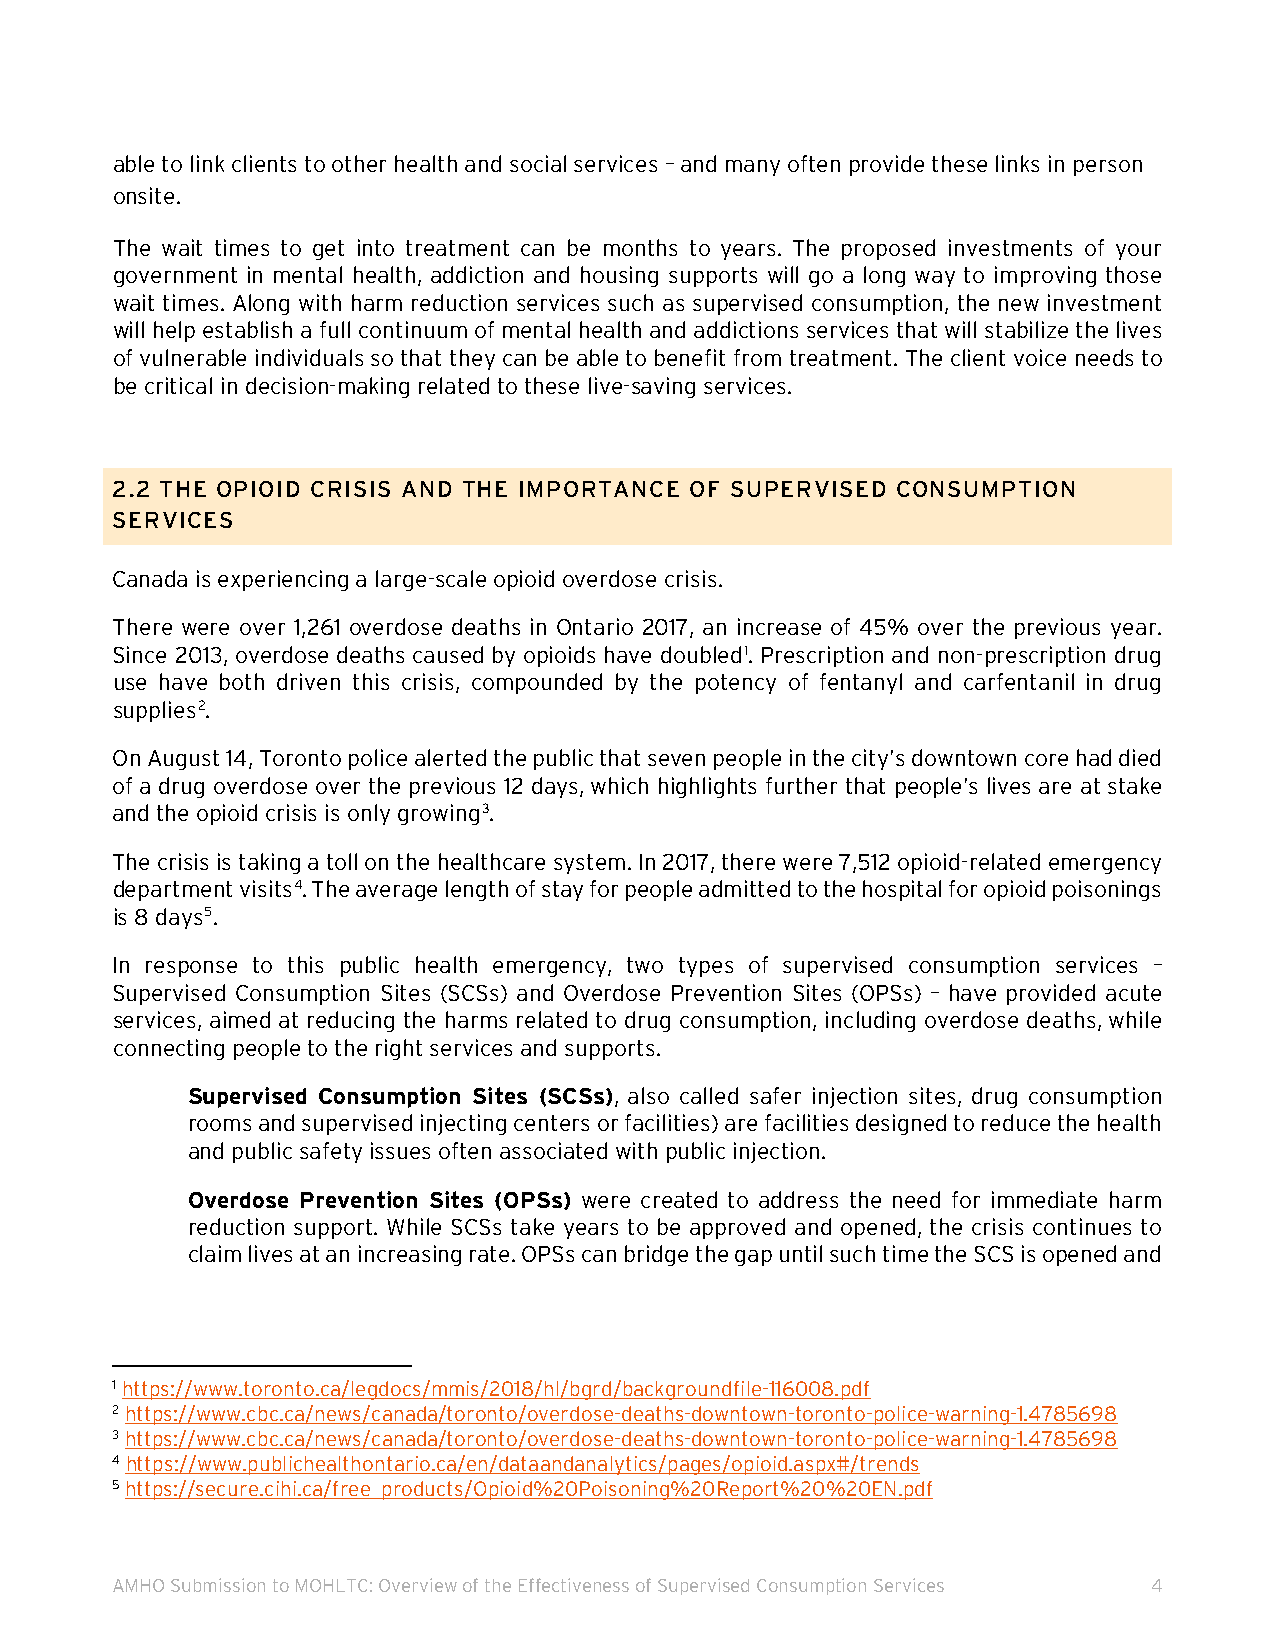
able to link clients to other health and social services – and many often provide these links in person
 onsite.
 The wait times to get into treatment can be months to years. The proposed investments of your
 government in mental health, addiction and housing supports will go a long way to improving those
 wait times. Along with harm reduction services such as supervised consumption, the new investment
 will help establish a full continuum of mental health and addictions services that will stabilize the lives
 of vulnerable individuals so that they can be able to benefit from treatment. The client voice needs to
 be critical in decision-making related to these live-saving services.
 2.2 THE OPIOID CRISIS AND THE IMPORTANCE OF SUPERVISED CONSUMPTION
 SERVICES
 Canada is experiencing a large-scale opioid overdose crisis.
 There were over 1,261 overdose deaths in Ontario 2017, an increase of 45% over the previous year.
 Since 2013, overdose deaths caused by opioids have doubled1. Prescription and non-prescription drug
 use have both driven this crisis, compounded by the potency of fentanyl and carfentanil in drug
 supplies2.
 On August 14, Toronto police alerted the public that seven people in the city’s downtown core had died
 of a drug overdose over the previous 12 days, which highlights further that people’s lives are at stake
 and the opioid crisis is only growing3.
 The crisis is taking a toll on the healthcare system. In 2017, there were 7,512 opioid-related emergency
 department visits4. The average length of stay for people admitted to the hospital for opioid poisonings
 is 8 days5.
 In response to this public health emergency, two types of supervised consumption services –
 Supervised Consumption Sites (SCSs) and Overdose Prevention Sites (OPSs) – have provided acute
 services, aimed at reducing the harms related to drug consumption, including overdose deaths, while
 connecting people to the right services and supports.
 Supervised Consumption Sites (SCSs), also called safer injection sites, drug consumption
 rooms and supervised injecting centers or facilities) are facilities designed to reduce the health
 and public safety issues often associated with public injection.
 Overdose Prevention Sites (OPSs) were created to address the need for immediate harm
 reduction support. While SCSs take years to be approved and opened, the crisis continues to
 claim lives at an increasing rate. OPSs can bridge the gap until such time the SCS is opened and
 1 https://www.toronto.ca/legdocs/mmis/2018/hl/bgrd/backgroundfile-116008.pdf
 2 https://www.cbc.ca/news/canada/toronto/overdose-deaths-downtown-toronto-police-warning-1.4785698
 3 https://www.cbc.ca/news/canada/toronto/overdose-deaths-downtown-toronto-police-warning-1.4785698
 4 https://www.publichealthontario.ca/en/dataandanalytics/pages/opioid.aspx#/trends
 5 https://secure.cihi.ca/free_products/Opioid%20Poisoning%20Report%20%20EN.pdf
 AMHO Submission to MOHLTC: Overview of the Effectiveness of Supervised Consumption Services 4